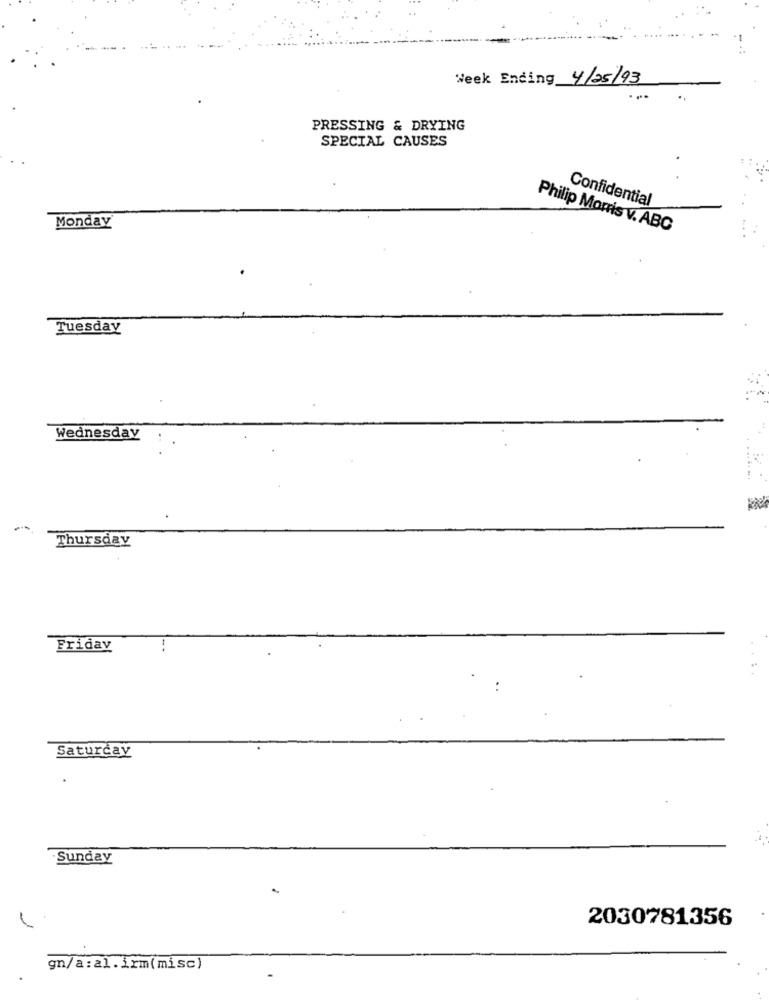
Week Ending 4/25/93
PRESSING & DRYING
SPECIAL CAUSES
Confidential
Monday
Philip Morris v. ABC
Tuesday
Wednesday
Thursday
Friday
Saturday
Sunday
2030781356
L
gn/a: al. irm(misc)
.